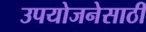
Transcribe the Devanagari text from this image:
उपयोजनेसाठी